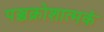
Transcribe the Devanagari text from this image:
पञ्चक्रोशात्मकं